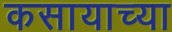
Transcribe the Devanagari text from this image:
कसायाच्या